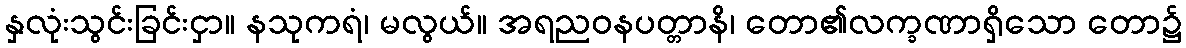
နှလုံးသွင်းခြင်းငှာ။ နသုကရံ၊ မလွယ်။ အရညဝနပတ္တာနိ၊ တော၏လက္ခဏာရှိသော တော၌